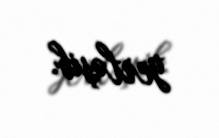
yerləşib.